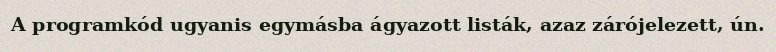
A programkód ugyanis egymásba ágyazott listák, azaz zárójelezett, ún.